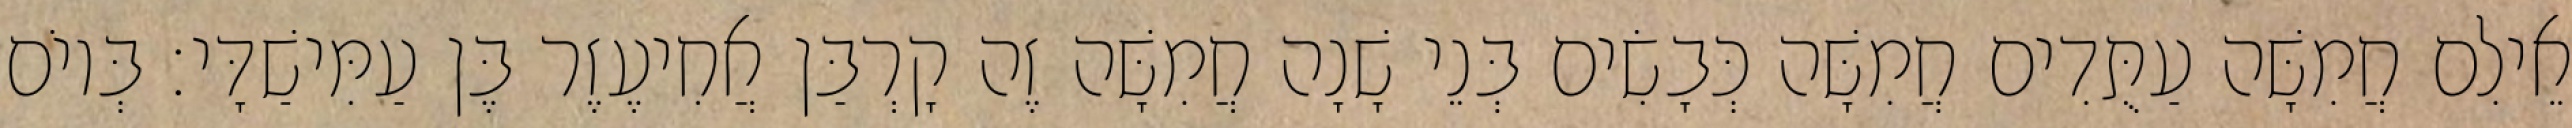
אֵילִם חֲמִשָּׁה עַתֻּדִים חֲמִשָּׁה כְּבָשִׂים בְּנֵי שָׁנָה חֲמִשָּׁה זֶה קָרְבַּן אֲחִיעֶזֶר בֶּן עַמִּישַׁדָּי׃ בְּיוֹם